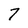
Character: 7